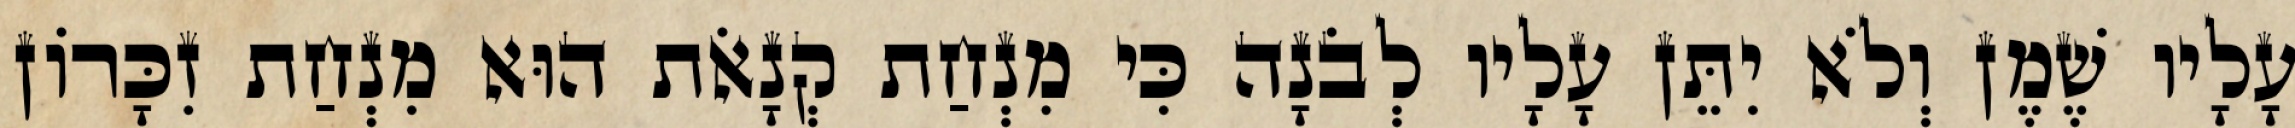
עָלָיו שֶׁמֶן וְלֹא יִתֵּן עָלָיו לְבֹנָה כִּי מִנְחַת קְנָאֹת הוּא מִנְחַת זִכָּרוֹן